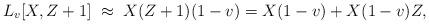
LaTeX: \begin{align*}L_v[X, Z+1] \;\approx\; X(Z+1)(1-v) = X(1-v) + X(1-v) Z,\end{align*}